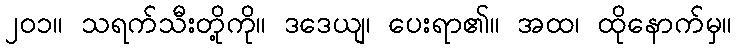
၂၀၁။ သရက်သီးတို့ကို။ ဒဒေယျ၊ ပေးရာ၏။ အထ၊ ထိုနောက်မှ။